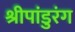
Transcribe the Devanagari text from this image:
श्रीपांडुरंग